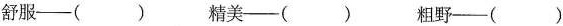
舒服--() 精美--() 粗野--()